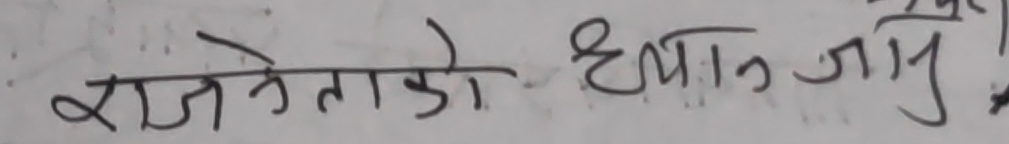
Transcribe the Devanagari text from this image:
राजनेताको ध्यान जानु!